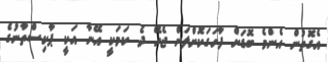
އެގޮތުން އެންމެ ބޮޑަށް ފާހަގަކޮށްލަން ޖެހޭ ދެ ކަމަކީ އޭނާ އަކީ ޕާކިސްތާނުގެ